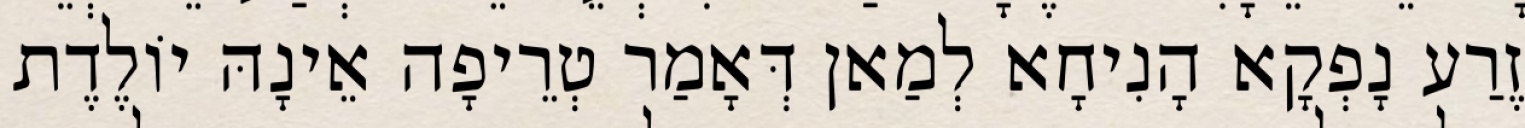
זֶרַע נָפְקָא הָנִיחָא לְמַאן דְּאָמַר טְרֵיפָה אֵינָהּ יוֹלֶדֶת